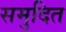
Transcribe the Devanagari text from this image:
समुदित